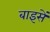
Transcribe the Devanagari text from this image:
बाइसें